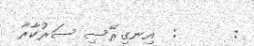
:      :  އިނގިރޭސި ސަރުކާރާ